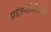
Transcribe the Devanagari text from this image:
प्रतियोगिताऐ